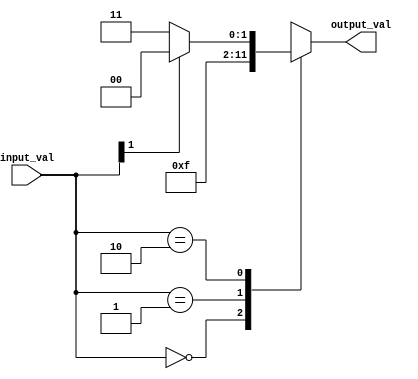
module case_statement_behavioural_model (
    input [1:0] input_val,
    output reg [3:0] output_val
);

always @* begin
    case(input_val)
        2'b00: begin
            output_val = 4'b0000;
        end
        
        2'b01: begin
            output_val = 4'b0011;
        end
        
        2'b10: begin
            if (input_val[1] == 1'b0) begin
                output_val = 4'b1111;
            end
            else begin
                output_val = 4'b1100;
            end
        end
        
        default: begin
            output_val = 4'bXXXX; // handle default case
        end
    endcase
end

endmodule